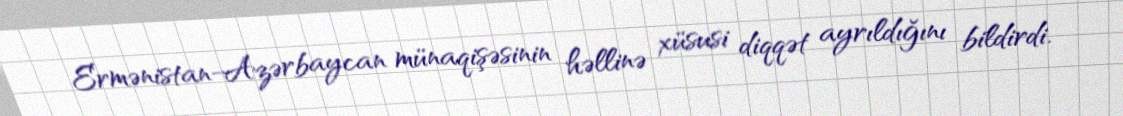
Ermənistan-Azərbaycan münaqişəsinin həllinə xüsusi diqqət ayrıldığını bildirdi.